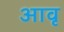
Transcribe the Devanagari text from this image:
आवृ